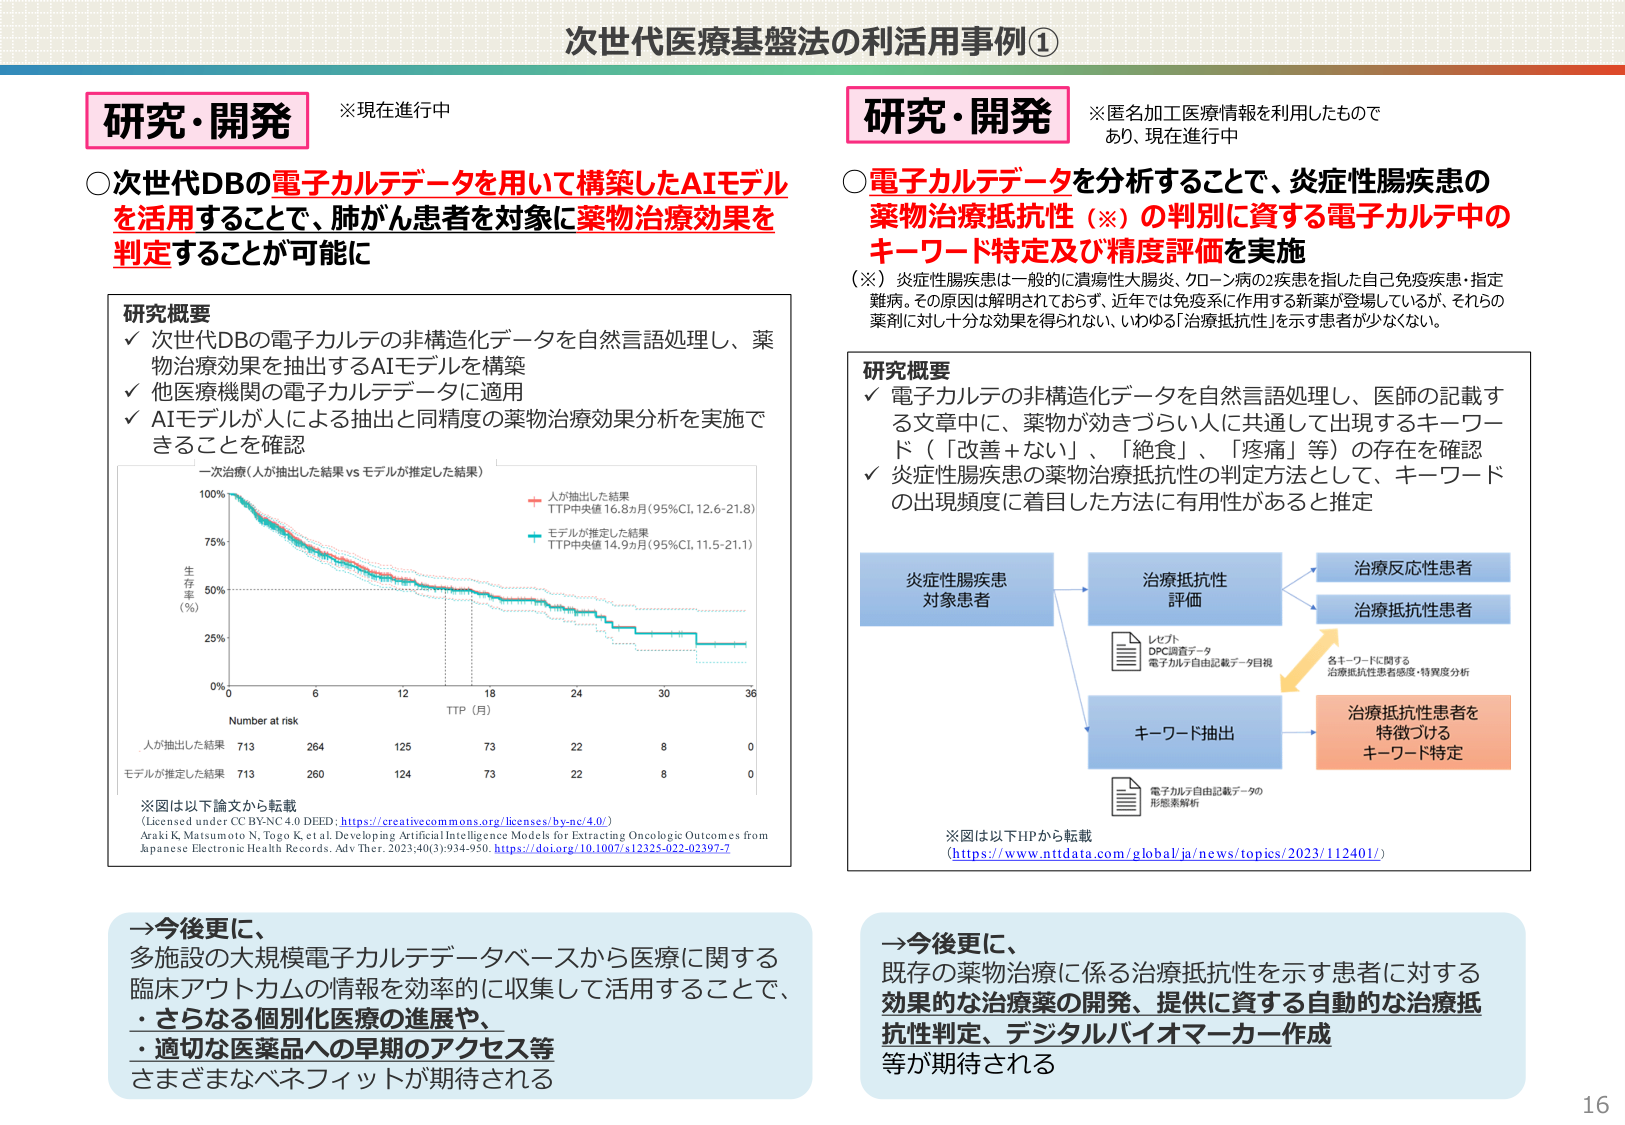
次世代医療基盤法の利活用事例①

研究・開発
※現在進行中

○次世代DBの電子カルテデータを用いて構築したAIモデル
を活用することで、肺がん患者を対象に薬物治療効果を
判定することが可能に

研究概要
✓ 次世代DBの電子カルテの非構造化データを自然言語処理し、薬
物治療効果を抽出するAIモデルを構築
✓ 他医療機関の電子カルテデータに適用
✓ AIモデルが人による抽出と同精度の薬物治療効果分析を実施で
きることを確認

一次治療（人が抽出した結果 vs モデルが推定した結果）
100%
75%
50%
25%
0%
生存率（%）
Number at risk
0 6 12 18 24 30 36
TTP（月）
人が抽出した結果
TTP中央値 16.8ヵ月（95%CI, 12.6–21.8）
モデルが推定した結果
TTP中央値 14.9ヵ月（95%CI, 11.5–21.1）
人が抽出した結果 713 264 125 73 22 8 0
モデルが推定した結果 713 260 124 73 22 8 0

※図は以下論文から転載
(Licensed under CC BY-NC 4.0 DEED: https://creativecommons.org/licenses/by-nc/4.0/)
Araki K, Matsumoto N, Togo K, et al. Developing Artificial Intelligence Models for Extracting Oncologic Outcomes from Japanese Electronic Health Records. Adv Ther. 2023;40(3):934-950. https://doi.org/10.1007/s12375-022-02397-7

→今後更に、
多施設の大規模電子カルテデータベースから医療に関する
臨床アウトカムの情報を効率的に収集して活用することで、
・さらなる個別化医療の進展や、
・適切な医薬品への早期のアクセス等
さまざまなベネフィットが期待される

研究・開発
※匿名加工医療情報を利用したもので
あり、現在進行中

○電子カルテデータを分析することで、炎症性腸疾患の
薬物治療抵抗性（※）の判別に資する電子カルテ中の
キーワード特定及び精度評価を実施

（※）炎症性腸疾患は一般的に潰瘍性大腸炎、クローン病の2疾患を指した自己免疫疾患・指定
難病。その原因は解明されておらず、近年では免疫系に作用する新薬が登場しているが、それらの
薬剤に対し十分な効果を得られない、いわゆる「治療抵抗性」を示す患者が少なくない。

研究概要
✓ 電子カルテの非構造化データを自然言語処理し、医師の記載す
る文章中に、薬物が効きづらい人に共通して出現するキーワー
ド（「改善＋ない」、「絶食」、「疼痛」等）の存在を確認
✓ 炎症性腸疾患の薬物治療抵抗性の判定方法として、キーワード
の出現頻度に着目した方法に有用性があると推定

炎症性腸疾患
対象患者
治療抵抗性
評価
レセプト
DPC調査データ
電子カルテ自由記載データ目視
キーワード抽出
電子カルテ自由記載データの
形態素解析
治療反応性患者
治療抵抗性患者
各キーワードに関する
治療抵抗性患者感受・特異度分析
治療抵抗性患者を
特徴づける
キーワード特定

※図は以下HPから転載
(https://www.nttdata.com/global/ja/news/topics/2023/112401/)

→今後更に、
既存の薬物治療に係る治療抵抗性を示す患者に対する
効果的な治療薬の開発、提供に資する自動的な治療抵
抗性判定、デジタルバイオマーカー作成
等が期待される

16